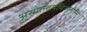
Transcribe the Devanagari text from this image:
अस्मात्त्वमभिजातोसि